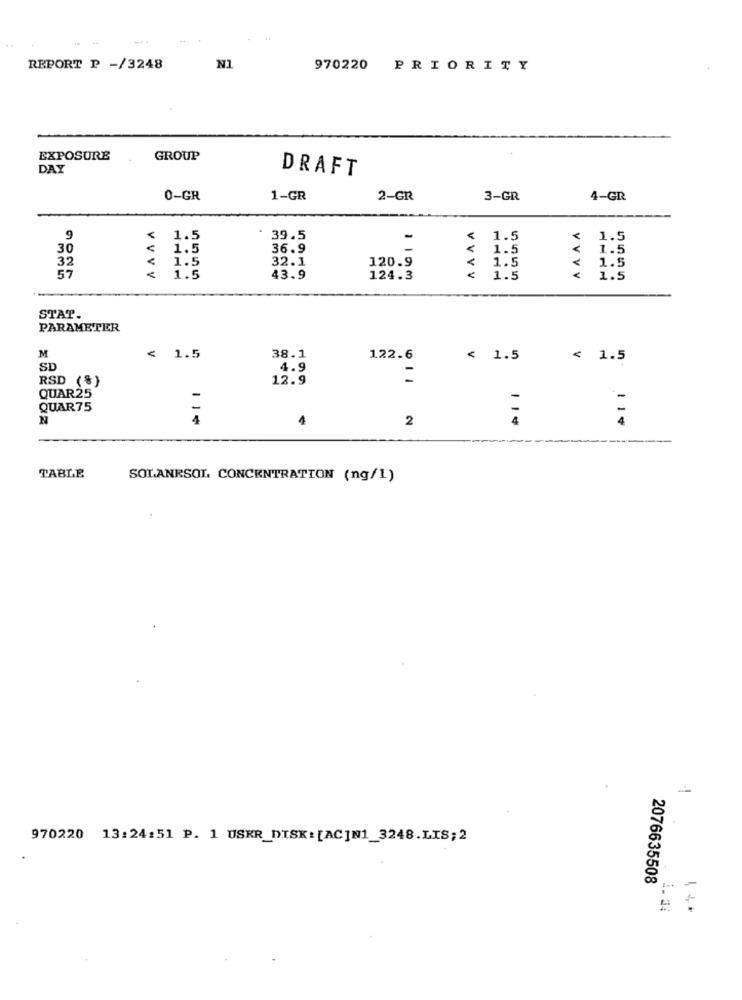
REPORT P -/3248
N1
970220 PRIORITY
EXPOSURE
GROUP
DAY
DRAFT
0-GR
1-GR
2-GR
3-GR
4-GR
9
1.5
39.5
-
< 1.5
1.5
30
1.5
36.9
-
< 1.5
< 1.5
< 1.5
32.1
120.9
1.5
32
< 1.5
57
< 1.5
43.9
124.3
< 1.5
VVVV
< 1.5
STAT.
PARAMETER
M
< 1.5
38.1
122.6
< 1.5
< 1.5
SD
4.9
RSD (%}
12.9
QUAR25
QUAR75
-
N
4
4
2
11*
11'
TABLE
SOLANRSOL CONCENTRATION (ng/1)
970220 13:24:51 P. 1 USKR_DISK: [AC]N1_3248.LIS;2
2076635508
. 1. 34
140